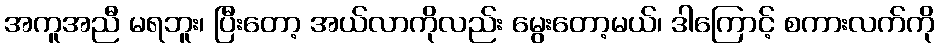
အကူအညီ မရဘူး၊ ပြီးတော့ အယ်လာကိုလည်း မွေးတော့မယ်၊ ဒါကြောင့် စကားလက်ကို